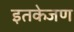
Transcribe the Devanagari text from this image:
इतकेजण